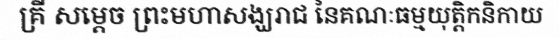
គ្រី សម្តេច ព្រះមហាសង្ឃរាជ នៃគណៈធម្មយុត្តិកនិកាយ